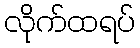
လိုက်ထရပ်